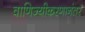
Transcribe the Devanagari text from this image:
वाणिज्यीकरणानंतर